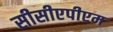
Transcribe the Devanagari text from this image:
सीसीएपीएम